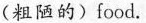
(粗陋的)food.